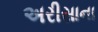
અરીસાના